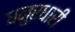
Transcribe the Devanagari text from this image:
धनुरधारी